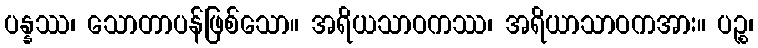
ပန္နဿ၊ သောတာပန်ဖြစ်သော။ အရိယသာဝကဿ၊ အရိယာသာဝကအား။ ပဉ္စ၊